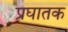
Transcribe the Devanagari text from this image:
प्रघातक